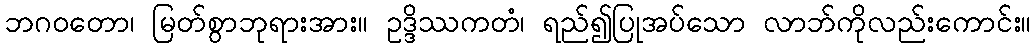
ဘဂဝတော၊ မြတ်စွာဘုရားအား။ ဥဒ္ဒိဿကတံ၊ ရည်၍ပြုအပ်သော လာဘ်ကိုလည်းကောင်း။